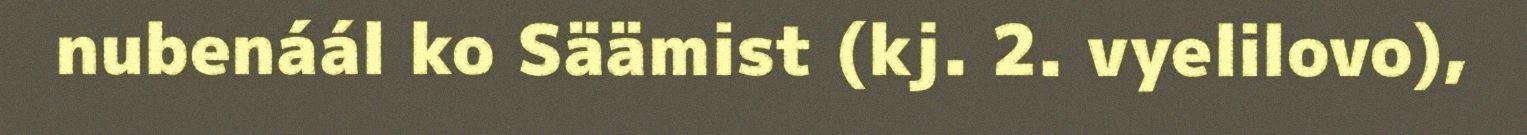
nubenáál ko Säämist (kj. 2. vyelilovo),